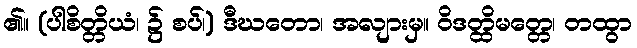
၏။ (ပါစိတ္တိယံ၊ ၌ စပ်၊) ဒီဃတော၊ အလျားမှ။ ဝိဒတ္ထိမတ္တေ၊ တထွာ